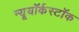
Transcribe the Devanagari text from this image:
न्यूयॉर्कस्टॉक